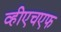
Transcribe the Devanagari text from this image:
व्हीएचएफ